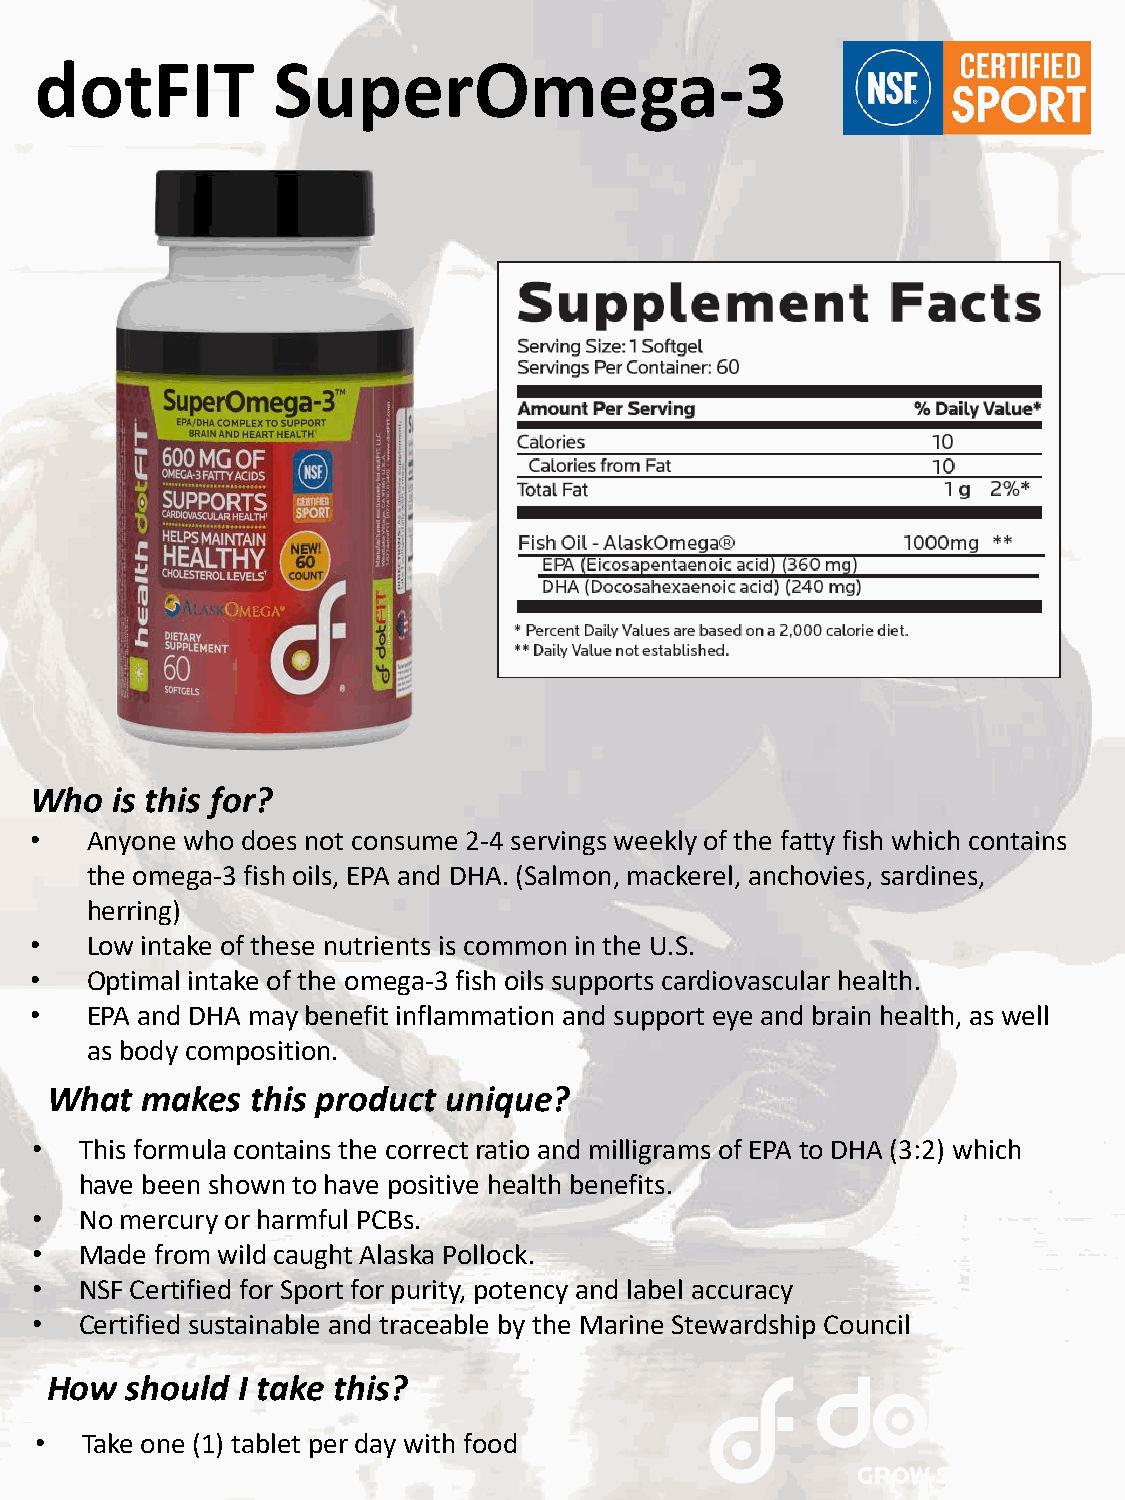
dotFIT          SuperOmega-3
 Who  is this for?
 •   Anyone who does not consume 2-4 servings weekly of the fatty fish which contains
 the omega-3 fish oils, EPA and DHA. (Salmon, mackerel, anchovies, sardines,
 herring)
 •   Low intake of these nutrients is common in the U.S.
 •   Optimal intake of the omega-3 fish oils supports cardiovascular health.
 •   EPA and DHA may benefit inflammation and support eye and brain health, as well
 as body composition.
 What  makes   this product unique?
 •  This formula contains the correct ratio and milligrams of EPA to DHA (3:2) which
 have been shown to have positive health benefits.
 •  No mercury or harmful PCBs.
 •  Made from wild caught Alaska Pollock.
 •  NSF Certified for Sport for purity, potency and label accuracy
 •  Certified sustainable and traceable by the Marine Stewardship Council
 How  should  I take this?
 •  Take one (1) tablet per day with food